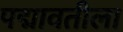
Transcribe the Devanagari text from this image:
पद्मावतीला